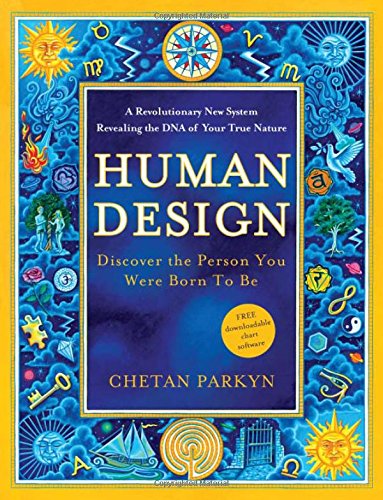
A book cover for Human Design: Discover the Person You Were Born to Be; Chetan Parkyn; Religion & Spirituality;